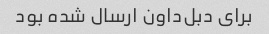
برای دبل‌داون ارسال شده بود